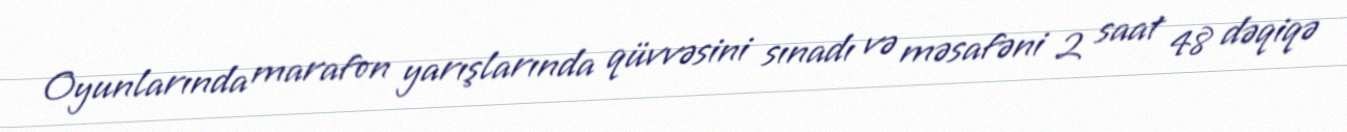
Oyunlarında marafon yarışlarında qüvvəsini sınadı və məsafəni 2 saat 48 dəqiqə